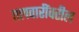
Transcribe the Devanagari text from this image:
तलवारींवरील